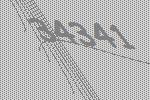
34341